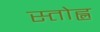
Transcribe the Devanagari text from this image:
स्तोह्ल